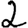
Digit: 2